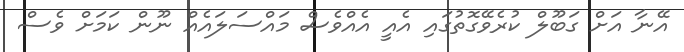
އޭނާ އަށް ގަބޫލް ކުރެވޭގޮތުގައި އެއީ އެއްވެސް މައްސަލައެއް ނޫން ކަމަށް ވެސް